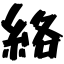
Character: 絡